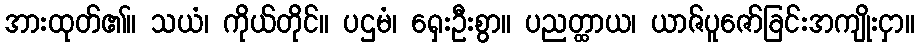
အားထုတ်၏။ သယံ၊ ကိုယ်တိုင်။ ပဌမံ၊ ရှေးဦးစွာ။ ပညတ္ထာယ၊ ယာဇ်ပူဇော်ခြင်းအကျိုးငှာ။